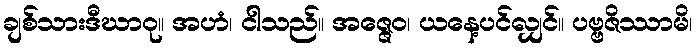
ချစ်သားဒီဃာဝု။ အဟံ၊ ငါသည်။ အဇ္ဇေဝ၊ ယနေ့ပင်လျှင်။ ပဗ္ဗဇိဿာမိ၊